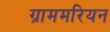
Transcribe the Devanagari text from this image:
ग्राममरियन